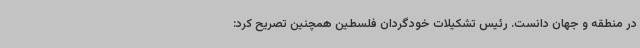
در منطقه و جهان دانست. رئیس تشکیلات خودگردان فلسطین همچنین تصریح کرد: